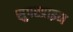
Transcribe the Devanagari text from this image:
सुपरप्राइम